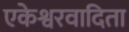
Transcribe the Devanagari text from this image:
एकेश्वरवादिता